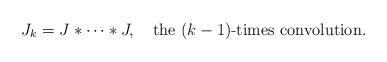
LaTeX: \begin{align*}J_k=J\ast\cdots\ast J,\quad\mbox{the $(k-1)$-times convolution}.\end{align*}